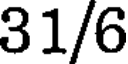
31/6